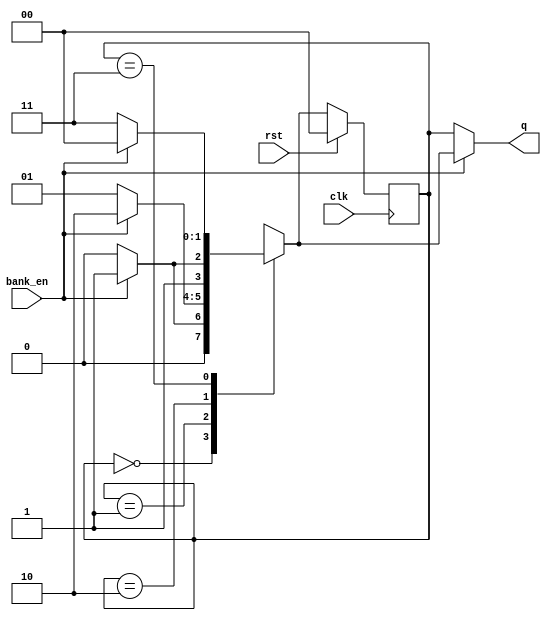
`timescale 1ns / 1ps
//////////////////////////////////////////////////////////////////////////////////
// Company: 
// Engineer: 
// 
// Design Name: 
// Module Name:    bankselection 
// Project Name: 
// Target Devices: 
// Tool versions: 
// Description: 
//
// Dependencies: 
//
// Revision: 
// Revision 0.01 - File Created
// Additional Comments: 
//
//////////////////////////////////////////////////////////////////////////////////
module bankselection(
    input bank_en,
    input rst,
    input clk,
    output [1:0] q
    );

reg [1:0] state,nextstate;
//mealy state machine:
always @(posedge clk)
if(rst) state<=2'b0;
else    state<=nextstate;

always @(state or bank_en)
case (state)
2'b00:      if(bank_en) nextstate<=2'b01;
            else        nextstate<=2'b00;
2'b01:	    if(bank_en) nextstate<=2'b10;
            else        nextstate<=2'b01;
2'b10:      if(bank_en) nextstate<=2'b11;
            else        nextstate<=2'b10;	
2'b11:      if(bank_en) nextstate<=2'b00;
            else        nextstate<=2'b11;
default:                nextstate<=2'b00;
endcase

//output logic:
assign  q=(bank_en)?nextstate:state;
endmodule